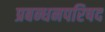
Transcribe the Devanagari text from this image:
प्रबन्धनपरिषद